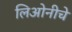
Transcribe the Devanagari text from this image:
लिओनीचे